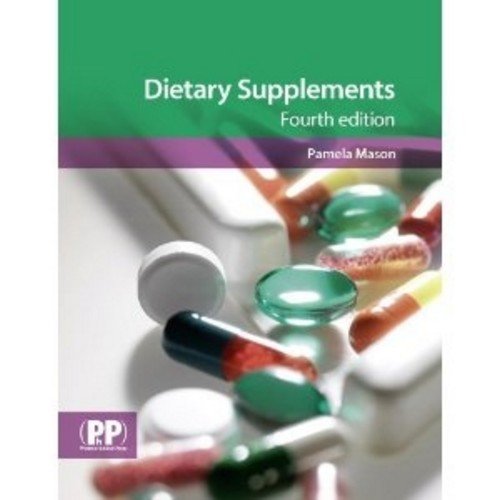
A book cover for Dietary Supplements; Pamela Mason; Medical Books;